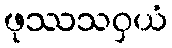
ဖုဿသဝှယံ